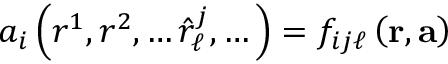
a _ { i } \left( r ^ { 1 } , r ^ { 2 } , \dots \hat { r } _ { \ell } ^ { j } , \dots \right) = f _ { i j \ell } \left( \mathbf { r } , \mathbf { a } \right)